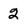
Character: 2